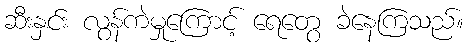
ဆီးနှင်း လွန်ကဲမှုကြောင့် ရေတွေ ခဲနေကြသည်။